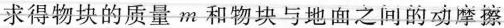
求得物块的质量m和物块与地面之间的动摩擦